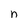
Character: n